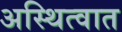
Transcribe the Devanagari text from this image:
अस्थित्वात